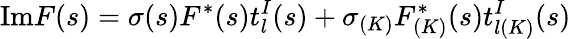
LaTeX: \mathrm{Im}F(s)=\sigma(s)F^{\ast}(s)t_{l}^{I}(s)+\sigma_{(K)}F_{(K)}^{\ast}(s)t_{l(K)}^{I}(s)